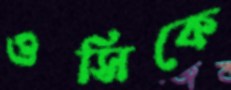
ওসিকে